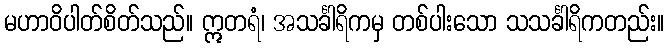
မဟာဝိပါတ်စိတ်သည်။ ဣတရံ၊ အသင်္ခါရိကမှ တစ်ပါးသော သသင်္ခါရိကတည်း။